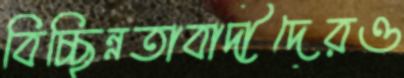
বিচ্ছিন্নতাবাদীদেরও